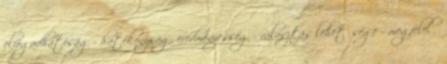
elfogadhatóság - hatékonyság, eredményesség - választás lehetősége - megfelelő